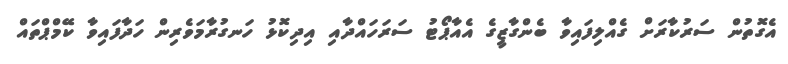
އެގޮތުން ސަރުކާރަށް ގެއްލިފައިވާ ބެންގާޒީގެ އެއާޕޯޓު ސަރަހައްދާއި އިދިކޮޅު ހަނގުރާމަވެރިން ހަދާފައިވާ ކޭމްޕްތައް